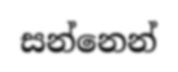
සන්නෙන්